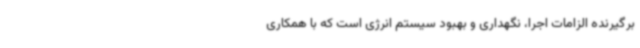
برگیرنده الزامات اجرا، نگهداری و بهبود سیستم انرژی است که با همکاری